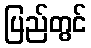
ပြည်တွင်